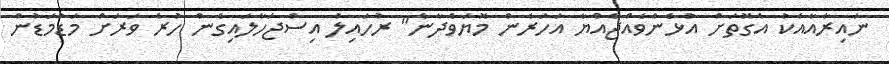
ނައިރާއާއެކު އެގޮތަށް އުޅެންވެއްޖެއްޔާ އަހަރެން މޮޔަވެދާނެ" ރުހައިލު އިސްޖަހާލައިގެން ހުރެ ވަރަށް މަޑުމަޑުން